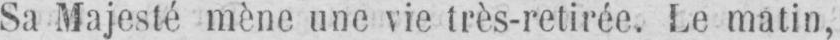
Sa Majesté mène une vie très-retirée. Le matin,